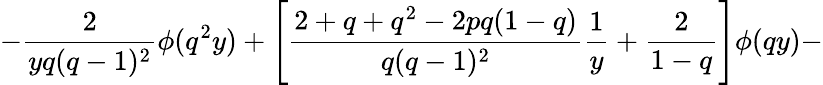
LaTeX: -\frac{2}{yq(q-1)^{2}}\phi(q^{2}y)+\Bigg[\frac{2+q+q^{2}-2pq(1-q)}{q(q-1)^{2}}\frac{1}{y}+\frac{2}{1-q}\Bigg]\phi(qy)-